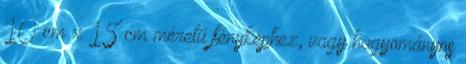
10 cm x 15 cm méretű fényképhez, vagy hagyományos